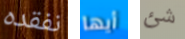
نفقده أيها شئ